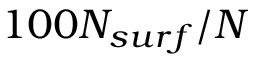
1 0 0 N _ { s u r f } / N